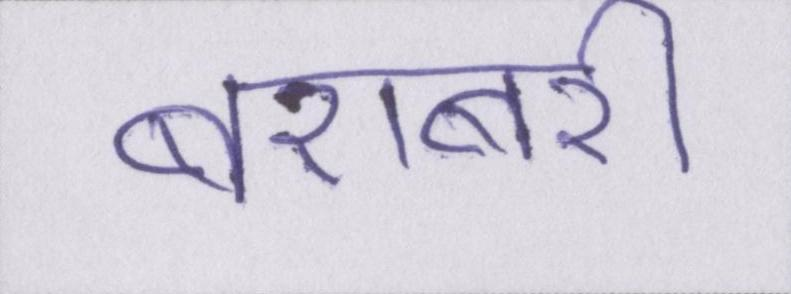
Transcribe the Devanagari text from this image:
बराबरी